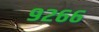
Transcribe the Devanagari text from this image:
९२६६